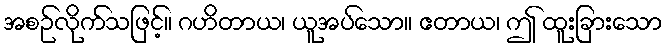
အစဉ်လိုက်သဖြင့်။ ဂဟိတာယ၊ ယူအပ်သော။ ဧတာယ၊ ဤ ထူးခြားသော